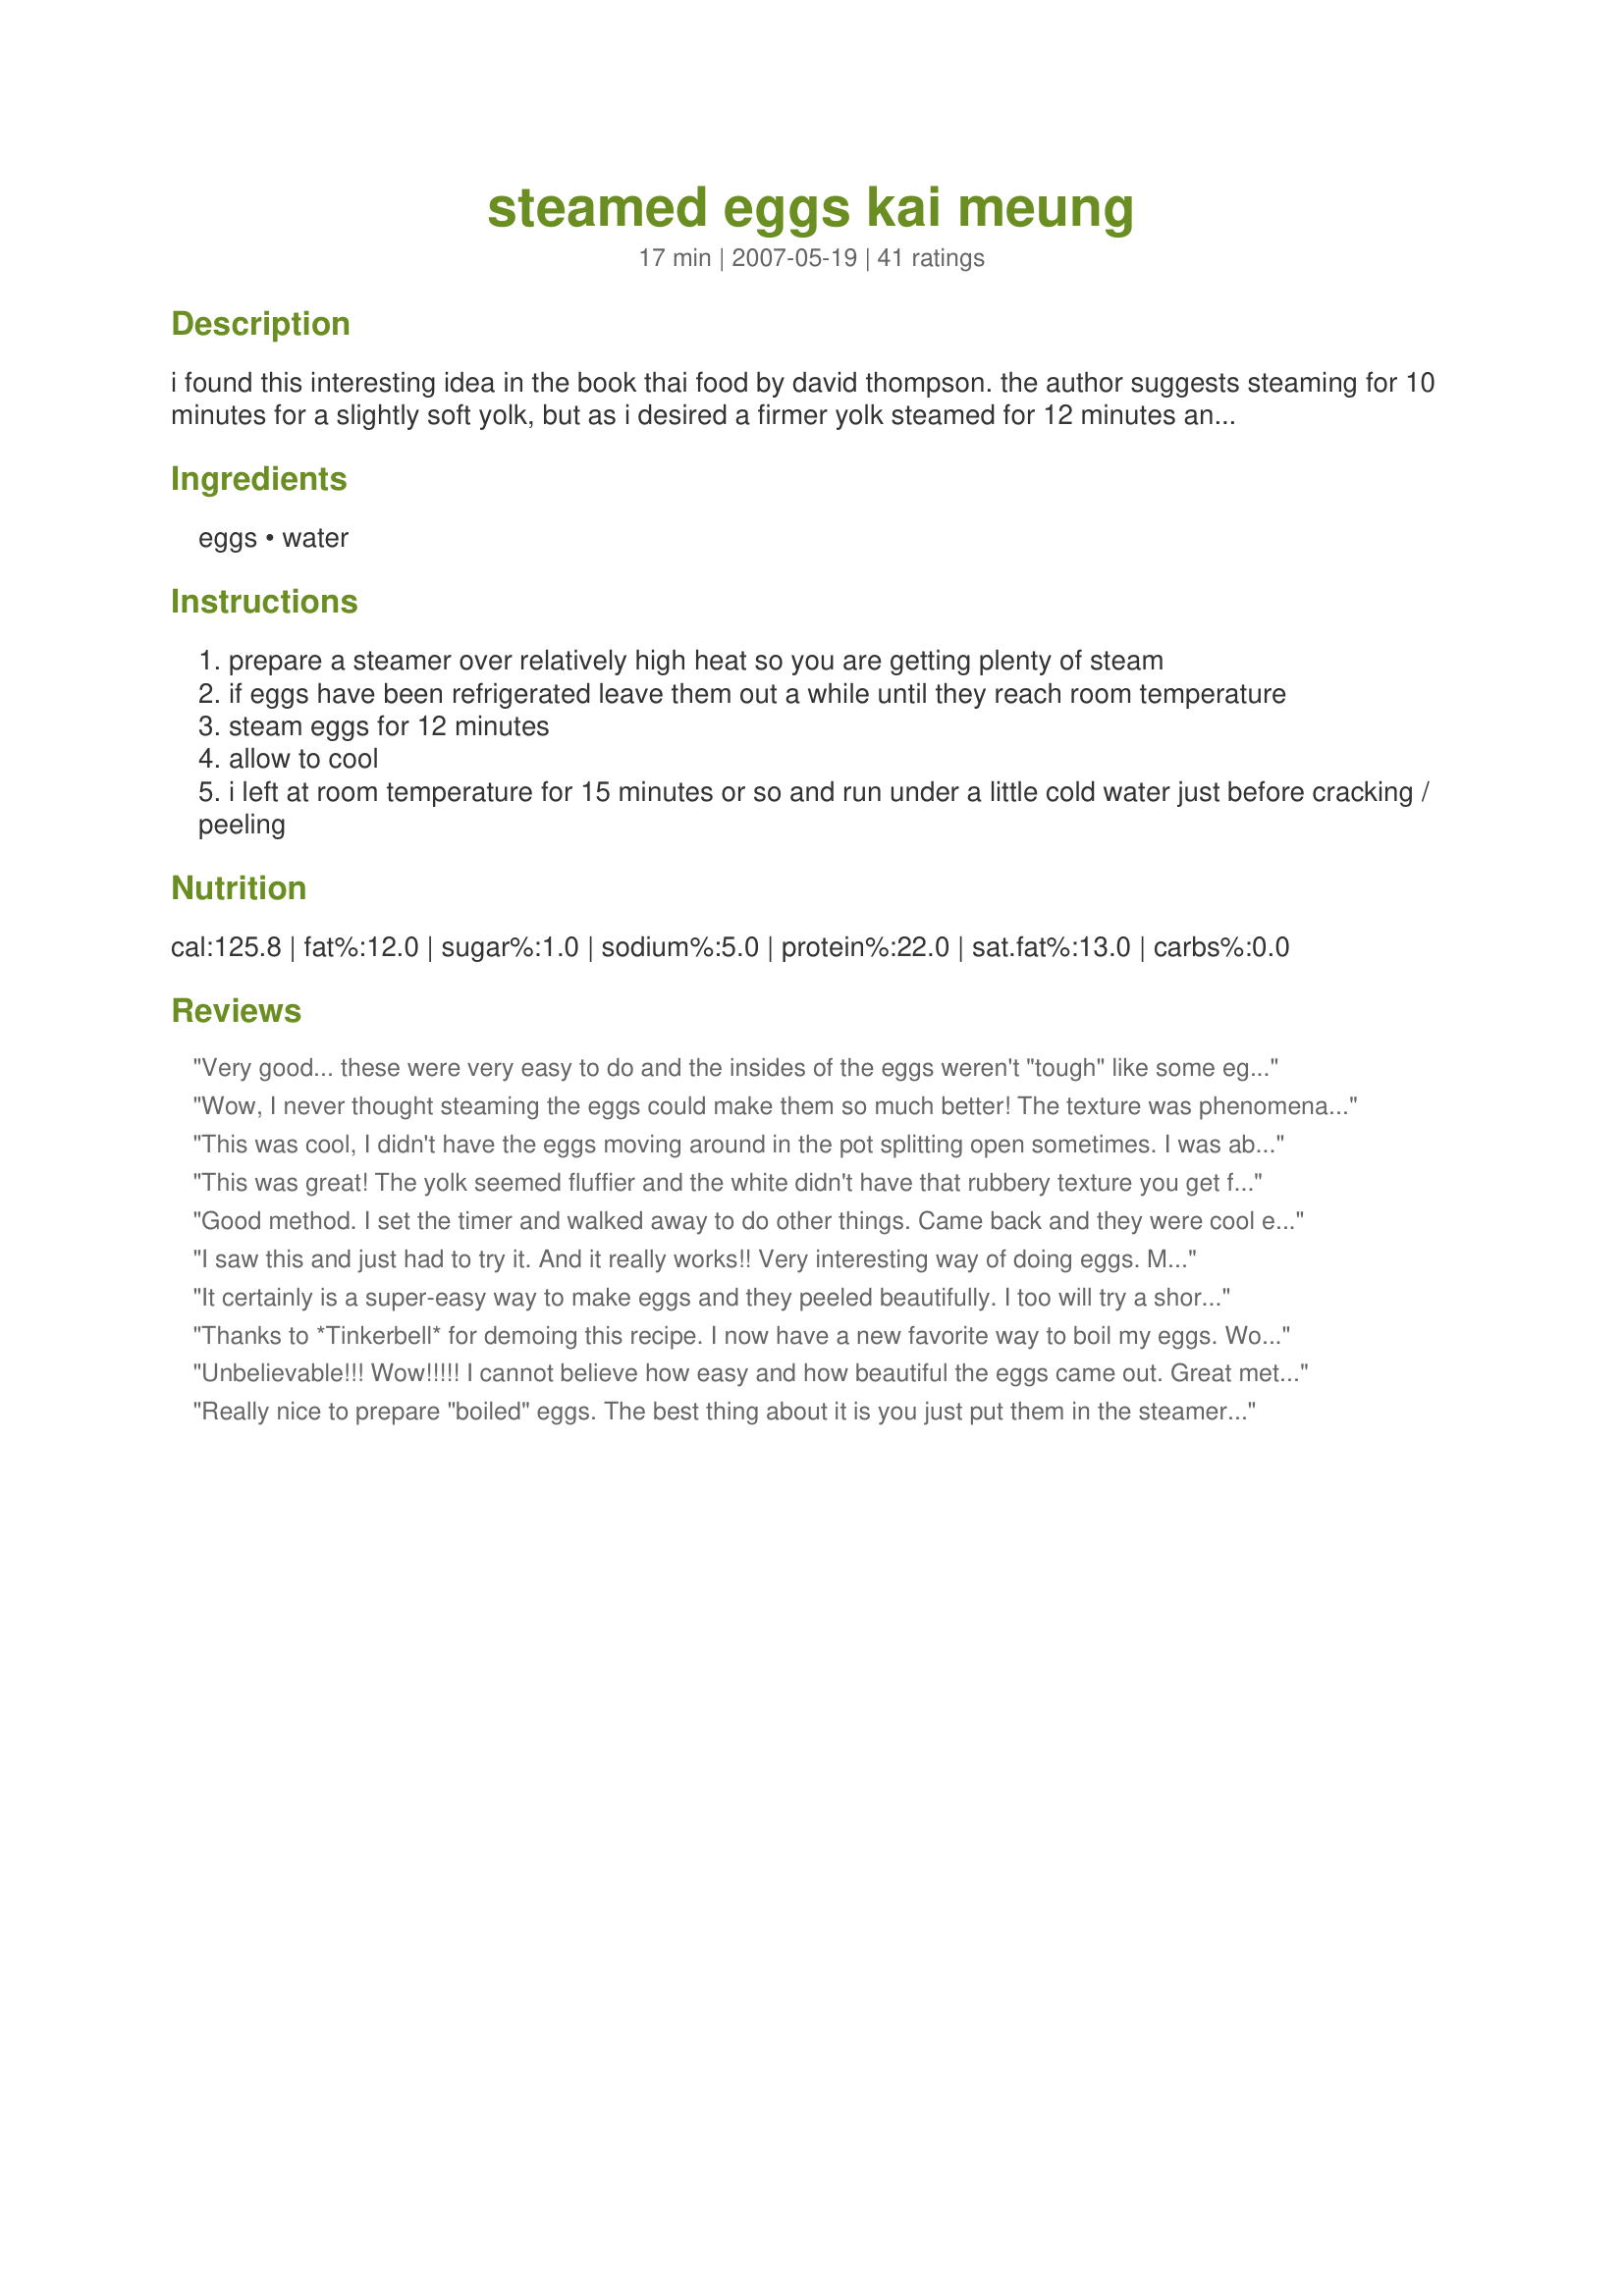
steamed eggs kai meung
Preparation time: 17 minutes

i found this interesting idea in the book thai food by david thompson. the author suggests steaming for 10 minutes for a slightly soft yolk, but as i desired a firmer yolk steamed for 12 minutes and let them cool at room temperature for a while. david is right that they are more tender than a boiled egg, not a huge difference but these are just that subtly bit better than a boiled egg. well worth a try for anything where you would otherwise use a boiled egg.

Ingredients:
eggs, water

Steps:
prepare a steamer over relatively high heat so you are getting plenty of steam
if eggs have been refrigerated leave them out a while until they reach room temperature
steam eggs for 12 minutes
allow to cool
i left at room temperature for 15 minutes or so and run under a little cold water just before cracking / peeling

Reviews:
Very good... these were very easy to do and the insides of the eggs weren't "tough" like some eggs are apt to be sometimes. I did steam mine for 5 minutes longer (childhood phobia where my mother would cook an egg for literally 1 minute and serve them - ugh) and these stood up to my " it needs to be COOKED" punishment very well indeed LOL. please see my Rating Syatem: 4 excellent stars for an easy way to cook eggs. Made for Zaar World Tour 2008. Thanks!
Wow, I never thought steaming the eggs could make them so much better! The texture was phenomenal; the yolk was so creamy and had none of the greyish discolouration that often occurs with boiling. Wonderful method^^
This was cool, I didn't have the eggs moving around in the pot splitting open sometimes. I was able to do otherthings while they were steaming away. I used a double boiler and it worked. I was able to sit down for a nice breakfast and read my paper.
Thanks 
Made for ZWT4 for the Chic Chefs.
This was great! The yolk seemed fluffier and the white didn't have that rubbery texture you get from boiling. Made for ZWT6.
Good method. I set the timer and walked away to do other things. Came back and they were cool enough to work with. I did approx 11 min
I saw this and just had to try it. And it really works!! Very interesting way of doing eggs. Made this for ZWT4.
It certainly is a super-easy way to make eggs and they peeled beautifully. I too will try a shorter time in the future, using grunig's suggestion for soft-boiled eggs. I'm glad I tried these.
Thanks to *Tinkerbell* for demoing this recipe. I now have a new favorite way to boil my eggs. Worked wonderfully. :)
Unbelievable!!! Wow!!!!! I cannot believe how easy and how beautiful the eggs came out. Great method!!! Made for ZWT 4.
Really nice to prepare "boiled" eggs. The best thing about it is you just put them in the steamer and walk away. Made for Babes in Zaarland - ZWT 4.
This is an excellent way to solft boil or hard boil eggs. There is no cracking or breaking of the shells while boiling, because it is the steam that is cooking them so they are not pushed together. And I have never had one in which the yolks turned a "greenish gray" on the outer edge of the yolk.Also the shells come away from the eggs easily. If you want "company's coming" look for your eggs or garnishes this is the way! Thanks for posting!
I was nervous doing my eggs this way and could forsee myself having an eggy mess but not so. I used a metal steamer as I don't have a bamboo one. I did bring the eggs to room temp before steaming and then waited out 20 minutes prior to peeling and all the shells came away really easily.
We use this method already. We only steam for 5.5-6 minutes for soft boiled eggs. Makes great egg with minimal breaking. :)
Really simple eggs that had just the right cooked consistency I wanted for the dish I made today ( Recipe #203538 ). I don't think I'll boil an egg again Peter.
Thanks to Connie Lea's recommendation, I've made this recipe twice now. The first time just to test the recipe, and the second to take photos for a photo demo in the Gadgets Forum, as I've finally found a use my silicone veggie steamer! I've tried dozens of methods for hard-cooking eggs and several have been good for easy peeling, but this recipe is far superior in the final product. Most recipes tend to overcook the eggs, even just slightly, leaving various stages of gray rings around the yolk. This recipe, made as written, cooked the eggs perfectly, and with no sign of overcooking. I am so pleased with this recipe that I have to share it with as many chefs as I can! Thanks for posting it, Peter! :)
Wonderful technique Peter! I emerged a bamboo steamer into a wok which had hot water boiling and covered it with a lid. This steamed the eggs really well and Little Miss (DD) loved it so much she wanted more. She calls them the yummy eggs. Thank you Peter - *Made for Zaar World Tour 4*
i've used this method a couple of times now and i love it! no cracked eggs. the yolks are not as grey.. so nice. i usually get the water boiling. set them in the steamer and steam for about 10 min then turn off the oven and let rest.. very nice. thanks. i think i'll always use this method from now on!
I cooked 4 eggs, for 12 minutes, using my veggie steamer in a pan. Two eggs I took out right away and immersed them into ice water. I needed them for Recipe #221857 (If you'd like to see a photo of the eggs you can go to that recipe) Then the 3rd egg was cracked, so I peeled and ate it right on the spot. Egg # 3 peeled nicely and had no discoloration around the yolk and the yolk was perfect. The 4th was left in the pan waiting to test it as stated in Step 4. Happy to announce, all the eggs were perfect! Made for Recipe Swap #62 Australian/New Zealand Cooking game
Tried to experiment on this method tonight. It works! The egg yolks even look softer :) Thanks for sharing! Made for Aus Recipe Swap #26.
I have mixed feelings about these. It uses more energy than my usual method, and I didn't notice a lot of difference in the texture of the eggs. But they didn't crack, and were very easy to peel. This is a good way to make eggs when appearance is important. Made for ZWT6.
This is the way to "boil" eggs. It works beautifully and the eggs are perfectly cooked and their tenderness was a surprise. I use a stove top steamer as I did not get consistent results with the electric ones. Thanks so much for posting.
A very nice fool proof way of cooking an egg. No need to prick the shell to stop them bursting and the cooked white is very soft and delicate. The cooking and cooling times very perfect. Made for Aussie / Kiwi Swap May 2014.
Great way to cook eggs! I steamed 12 minutes for perfectly cooked firm yolks. Thanks Peter! Made for Australian Recipe Swap-February.
OK, I'm officially a convert to this (new for me) way of hard-cooking eggs. The eggs were perfect - and no rubbery, over-cooked white or green-ringed yolk. I make a lot of deviled eggs in the summer and this is definitely the way I'll be going. Thanks for posting this keeper recipe, Peter.
Very easy to peel eggs! My yoke turned a bit green though :-/ I love that I can set my steamer timer and do other things without having to stand and watch the clock. I'm going to start tweaking this to fit my needs. Thanks for the brilliant idea!
What a GREAT technique! Tried it and will go to this versus usual ten minute boil. Thanks, Peter J! Made for Aussie Kiwi Recipe Swap #80.
Steamed the nearly room temperature eggs for 12 minutes as suggested and let rest for 15 before peeling. These were perfectly cooked "hard-boiled" eggs, and they peeled so easily! Made for ZWT4.
Thank you so very much for posting this recipe. Been wanting to try it with our fresh eggs we get from our 'backyard babes'. Fresh eggs are near impossible to peal. I used my stove top vegie steamer, did one dozen I had saved for approx. one week. They came out perfect. Then....I did 4 eggs that were layed yesterday as an experiment....perfect! Unbelievable! I had all the eggs deviled, ready for the dinner table in less than one hour. Also, steamed them for 12 minutes like you did. The yolks kept their pretty sunshiny yellow-orange color, oh so pretty and sssooo delicious! Need to check your your other recipes! :)
You know, by BF and I both tried this and couldn't really tell the difference between this and regular hard boiled eggs (we also cooked for 12 minutes) so I can only give this 4 stars because it's basically a simple technique recipe that doesn't offer improvement in taste. However, I have to admit that there's less danger of cracking eggs with this method, but then I don't get much cracking with regular boiled eggs. I sprinkled with paprika and something my nephew made for me for x-mas this year, a Szechuan-flavored pepper mix. I also made this in a double boiler with brown eggs:D I love hard-boiled eggs, so thanks for a treat!
I saw this as a new review, and had to say this is the best way to prepare "boiled" eggs.
I haven't boiled an egg in years since I got my rice steamer.
I believe I just found my new favorite way to cook "hard boiled" eggs! This was faster, and definitely turned out lovely company ready eggs for dishes as another reviewer mentioned. Since I make a lot of eggs like this for myself and my DD's lunches, I will be using this recipe at least once a week!! Thank you for posting, Peter! Made for ZWT4.
Interesting.....but not so good. :(
This girl be cooking and cleaning and cleaning and cooking, but never cooked eggs this way before and they came out perfect at 12 minutes. Goes ta show ya, there&#039;s still room in this big ole world for a pleasant surprise. Made for AZ/N #80 Recipe Tag.
Did 3 eggs in the electric steamer for the 12 minutes (1 cracked spectactulary) but still all okay, cooled off in cold water and they peeled easy as can be. Used to make puppitypup's recipe #181274. Thanks Peter, made as a recipenap for Recipe Swap #20 September 2008.
I love this technique for hard cooked eggs. So easy and the eggs were much easier to peel. I cooked six eggs (three of them I bought two weeks ago and three were fresh). I put them in my bamboo steamer and steamed them for 14 minutes. To my delight, I found that the fresh eggs peeled as easily as the older eggs. Normally when I hard boil fresh eggs I end up peeling small chunks off of the egg. They don't look very appetizing and it is very frustrating peeling them. After steaming the eggs for 14 minutes, I placed the eggs under cold running water. This is the way I am doing all of my hard cooked eggs from now on. Thanks, Peter, for sharing this great recipe. Made for January 2013 Aus/NZ Swap.
I opted to use my small electric vegetable steamer for this recipe. I didn't manage to get the timing right, as 9 minutes produced an almost totally set yolk, and I was hoping for soft. But I have to say this method makes VERY TENDER whites, much more velvety than by cooking using water on the stovetop. I will continue to use this excellent method for eggs in the shell, and will post back when I get my timing for soft so others can share that info if they use the small veggie steamer as well. Posted for ZWT4 Kumquat's Kookin' Kaboodles. Thanks much- ~Sue
I have now boiled eggs, baked them and steamed them. The eggs did seem easier to peel and to be more tender. I used a steamer insert over boiling water. The yolk was cooked through after 12 minutes with a few minutes standing time. I will have to try this again and see if they are soft boiled after 10 minutes. Made for Aussie Swap.
Great method Peter :) I've never done this before, but it was easy, and I set the timer for 12 minutes and they came out perfectly.
so easy to peel they just pop out of the shell. lucky they got into the recipe i was making so yummy.
Peter, this is a great way to hard boil eggs. This morning I steamed 6 eggs to go with Jen T's Recipe #157871 and they turned out perfectly. From now on I will always use this method.
This is amazing. I've tried them twice - once in a steamer basket over boiling water. While this is faster, I prefer cooking them in my rice cooker/steamer as I can put thim in and forget. I don't let them cool the 15 minutes - just run cold water on them and peel. I can't believe how easy it is to peel. I'm going to tell my sister-in-law. She once threw out a dozen eggs because they wouldn't peel without taking half the egg with them.
